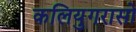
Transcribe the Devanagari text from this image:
कलियुगरासो